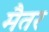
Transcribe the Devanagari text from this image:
मैतर